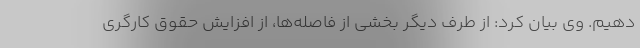
دهیم. وی بیان کرد: از طرف دیگر بخشی از فاصله‌ها، از افزایش حقوق کارگری